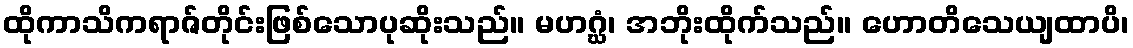
ထိုကာသိကရာဇ်တိုင်းဖြစ်သောပုဆိုးသည်။ မဟဂ္ဃံ၊ အဘိုးထိုက်သည်။ ဟောတိသေယျထာပိ၊